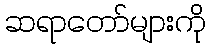
ဆရာတော်များကို